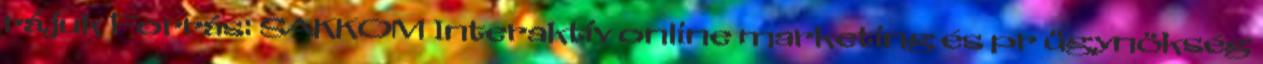
rájuk Forrás: SAKKOM Interaktív online marketing és pr ügynökség